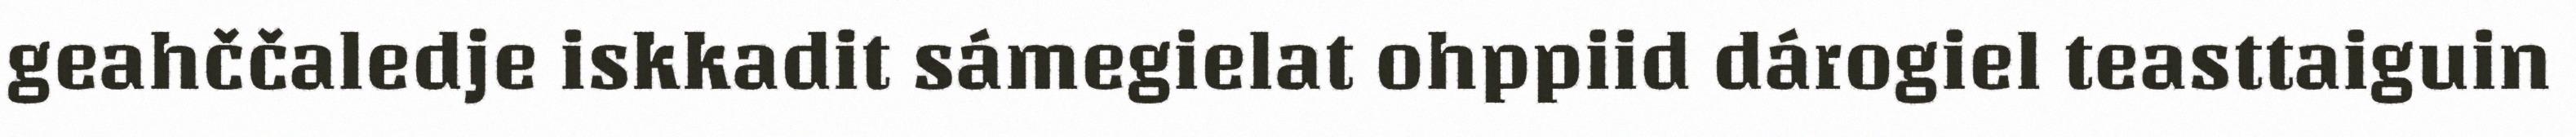
geahččaledje iskkadit sámegielat ohppiid dárogiel teasttaiguin